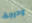
ودرجة